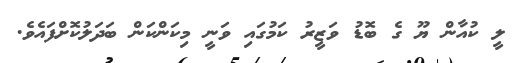
ލީ ކުއާން ޔޫ ގެ ބޮޑު ވަޒީރު ކަމުގައި ވަނީ މިކަންކަން ބަދަލުކޮށްފައެވެ.